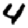
Digit: 4